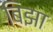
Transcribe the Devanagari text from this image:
बिझा